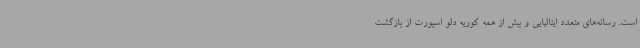
است. رسانه‌های متعدد ایتالیایی و بیش از همه کوریه دلو اسپورت از بازگشت